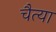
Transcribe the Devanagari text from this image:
चैत्या